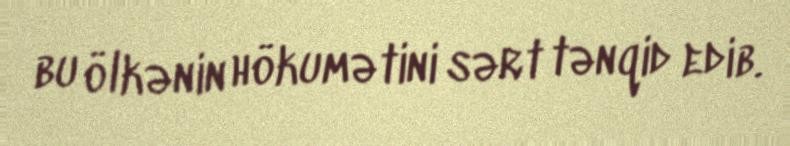
bu ölkənin hökumətini sərt tənqid edib.